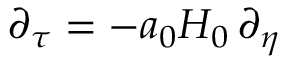
\partial _ { \tau } = - a _ { 0 } H _ { 0 } \, \partial _ { \eta }